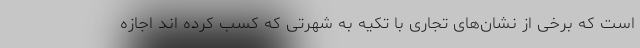
است که برخی از نشان‌های تجاری با تکیه به شهرتی که کسب کرده اند اجازه